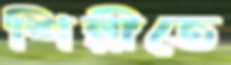
শিল্পীতে